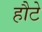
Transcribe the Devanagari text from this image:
हौटे